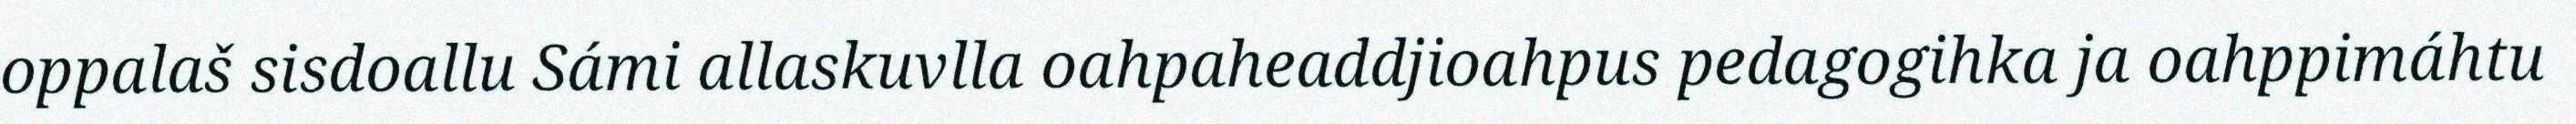
oppalaš sisdoallu Sámi allaskuvlla oahpaheaddjioahpus pedagogihka ja oahppimáhtu